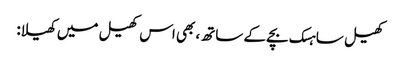
کھیل ساہسک بچے کے ساتھ، بھی اس کھیل میں کھیلا: